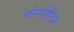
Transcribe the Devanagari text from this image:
पोर्सीलिन